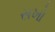
સખો